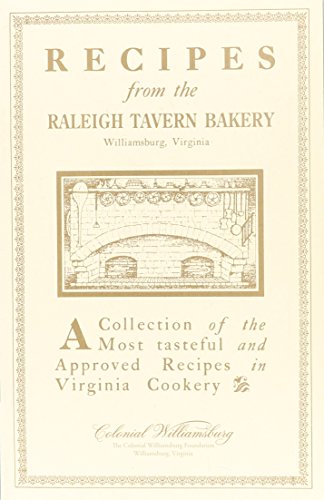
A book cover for Recipes from the Raleigh Tavern Bake Shop; Mary Miley Theobald; Cookbooks, Food & Wine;